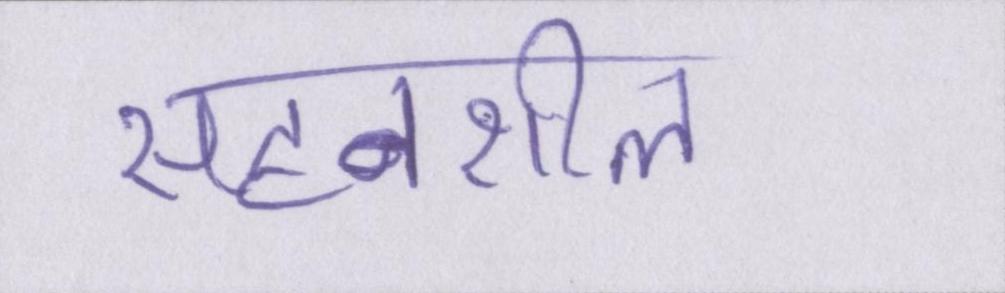
सहनशील